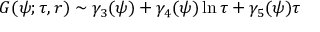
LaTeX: G ( \psi ; \tau , r ) \sim \gamma _ { 3 } ( \psi ) + \gamma _ { 4 } ( \psi ) \ln \tau + \gamma _ { 5 } ( \psi ) \tau